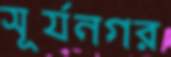
সূর্যনগর